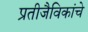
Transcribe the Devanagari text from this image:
प्रतीजैविकांचे